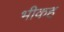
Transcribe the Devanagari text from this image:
भीकह